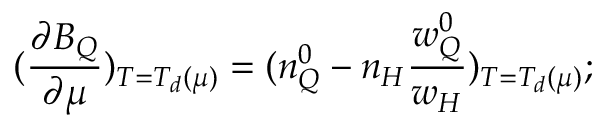
( \frac { \partial B _ { Q } } { \partial \mu } ) _ { T = T _ { d } ( \mu ) } = ( n _ { Q } ^ { 0 } - n _ { H } \frac { w _ { Q } ^ { 0 } } { w _ { H } } ) _ { T = T _ { d } ( \mu ) } ;